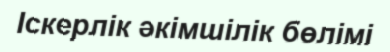
Іскерлік әкімшілік бөлімі